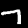
Digit: 7